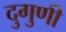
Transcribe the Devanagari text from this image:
दुगुणी